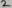
Text: 2